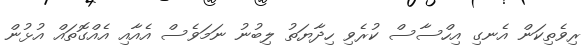
ރިވެތިކަން އެނގި އިހްސާސް ކުރެވި ހިދާޔަތު ލިބުނު ނަމަވެސް އެއާއި އެއްގޮތައް އުޅުން